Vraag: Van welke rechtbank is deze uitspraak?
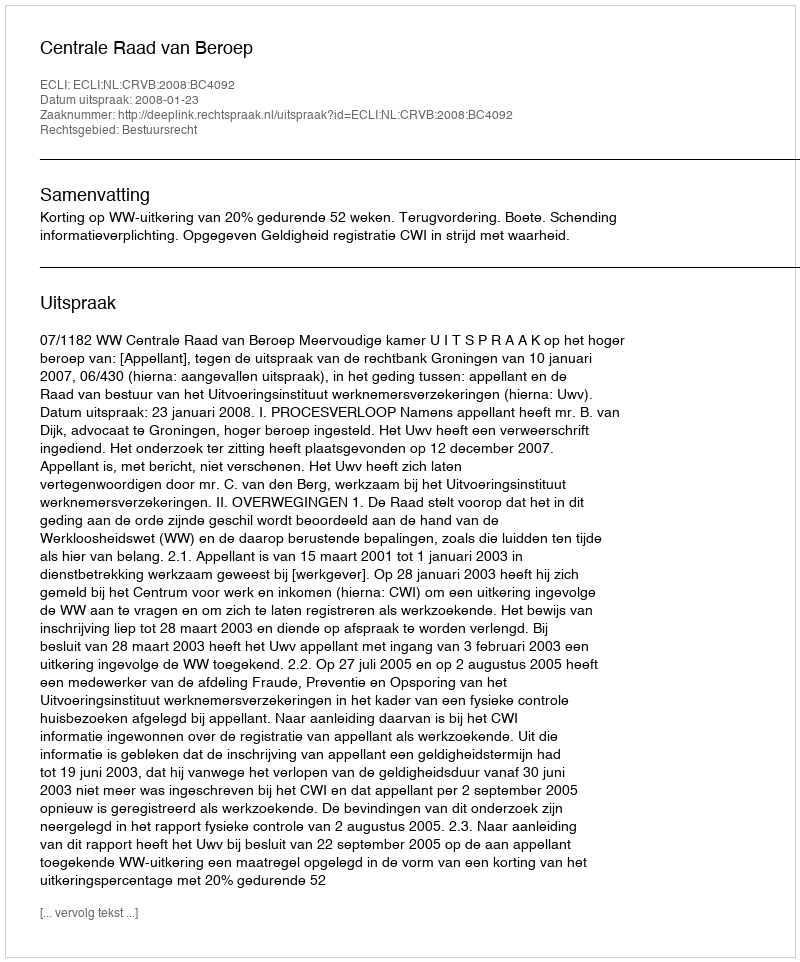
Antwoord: Centrale Raad van Beroep